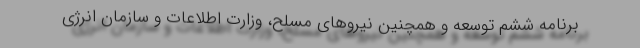
برنامه ششم توسعه و همچنین نیروهای مسلح، وزارت اطلاعات و سازمان انرژی